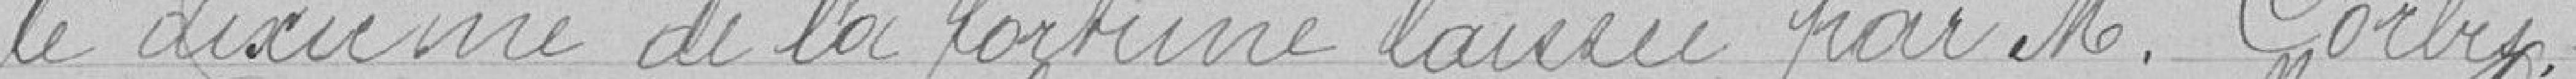
le dixième de la fortune laissée par Monsieur Corbis.